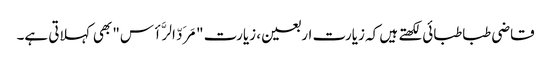
قاضی طباطبائی لکھتے ہیں کہ زیارت اربعین، زیارت "مَرَدّ الرَّأس" بھی کہلاتی ہے۔